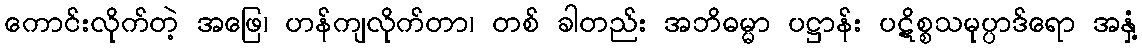
ကောင်းလိုက်တဲ့ အဖြေ၊ ဟန်ကျလိုက်တာ၊ တစ် ခါတည်း အဘိဓမ္မာ ပဋ္ဌာန်း ပဋိစ္စသမုပ္ပာဒ်ရော အနှံ့